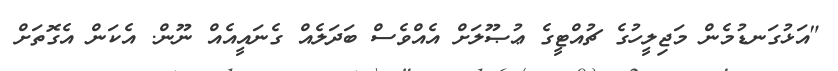
"އަޅުގަނޑުމެން މަޖިލީހުގެ ޗުއްޓީގެ ޢުޞޫލަށް އެއްވެސް ބަދަލެއް ގެނައީއެއް ނޫން. އެކަން އެގޮތަށް